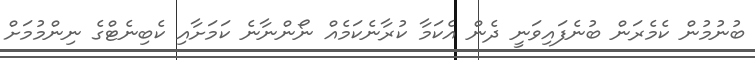
ބުނުމުން ކެމެރަން ބުނެފައިވަނީ ދެން އެކަމާ ކުރާނެކަމެއް ނޯންނާނެ ކަމަށާއި ކެބިނެޓްގެ ނިންމުމަށް